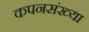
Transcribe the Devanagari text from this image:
कपनसंख्या